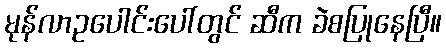
မုန်လာဥပေါင်းပေါ်တွင် ဆီက ခဲစပြုနေပြီ။